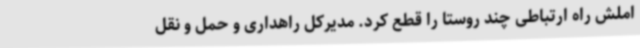
املش راه ارتباطی چند روستا را قطع کرد. مدیرکل راهداری و حمل و نقل